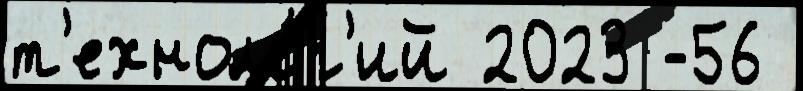
т'ехноло́г'ий 2023 -56